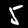
Label: 5